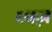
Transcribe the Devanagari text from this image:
ध्वज़